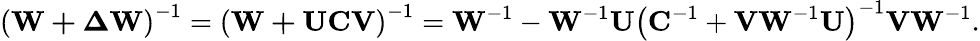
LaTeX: \mathbf{\left(W+\Delta W\right)}^{-1}=\mathbf{\left(W+UCV\right)}^{-1}=\mathbf{W}^{-1}-\mathbf{W}^{-1}\mathbf{U}\left(\mathbf{C}^{-1}+\mathbf{VW}^{-1}\mathbf{U}\right)^{-1}\mathbf{VW}^{-1}.